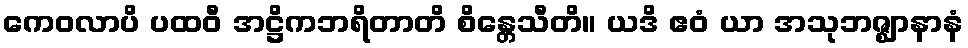
ကေဝလာပိ ပထဝီ အဋ္ဌိကဘရိတာတိ စိန္တေသီတိ။ ယဒိ ဧဝံ ယာ အသုဘဇ္ဈာနာနံ